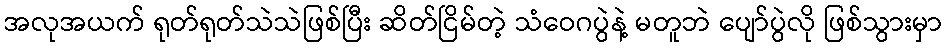
အလုအယက် ရုတ်ရုတ်သဲသဲဖြစ်ပြီး ဆိတ်ငြိမ်တဲ့ သံဝေဂပွဲနဲ့ မတူဘဲ ပျော်ပွဲလို ဖြစ်သွားမှာ